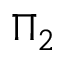
\Pi _ { 2 }